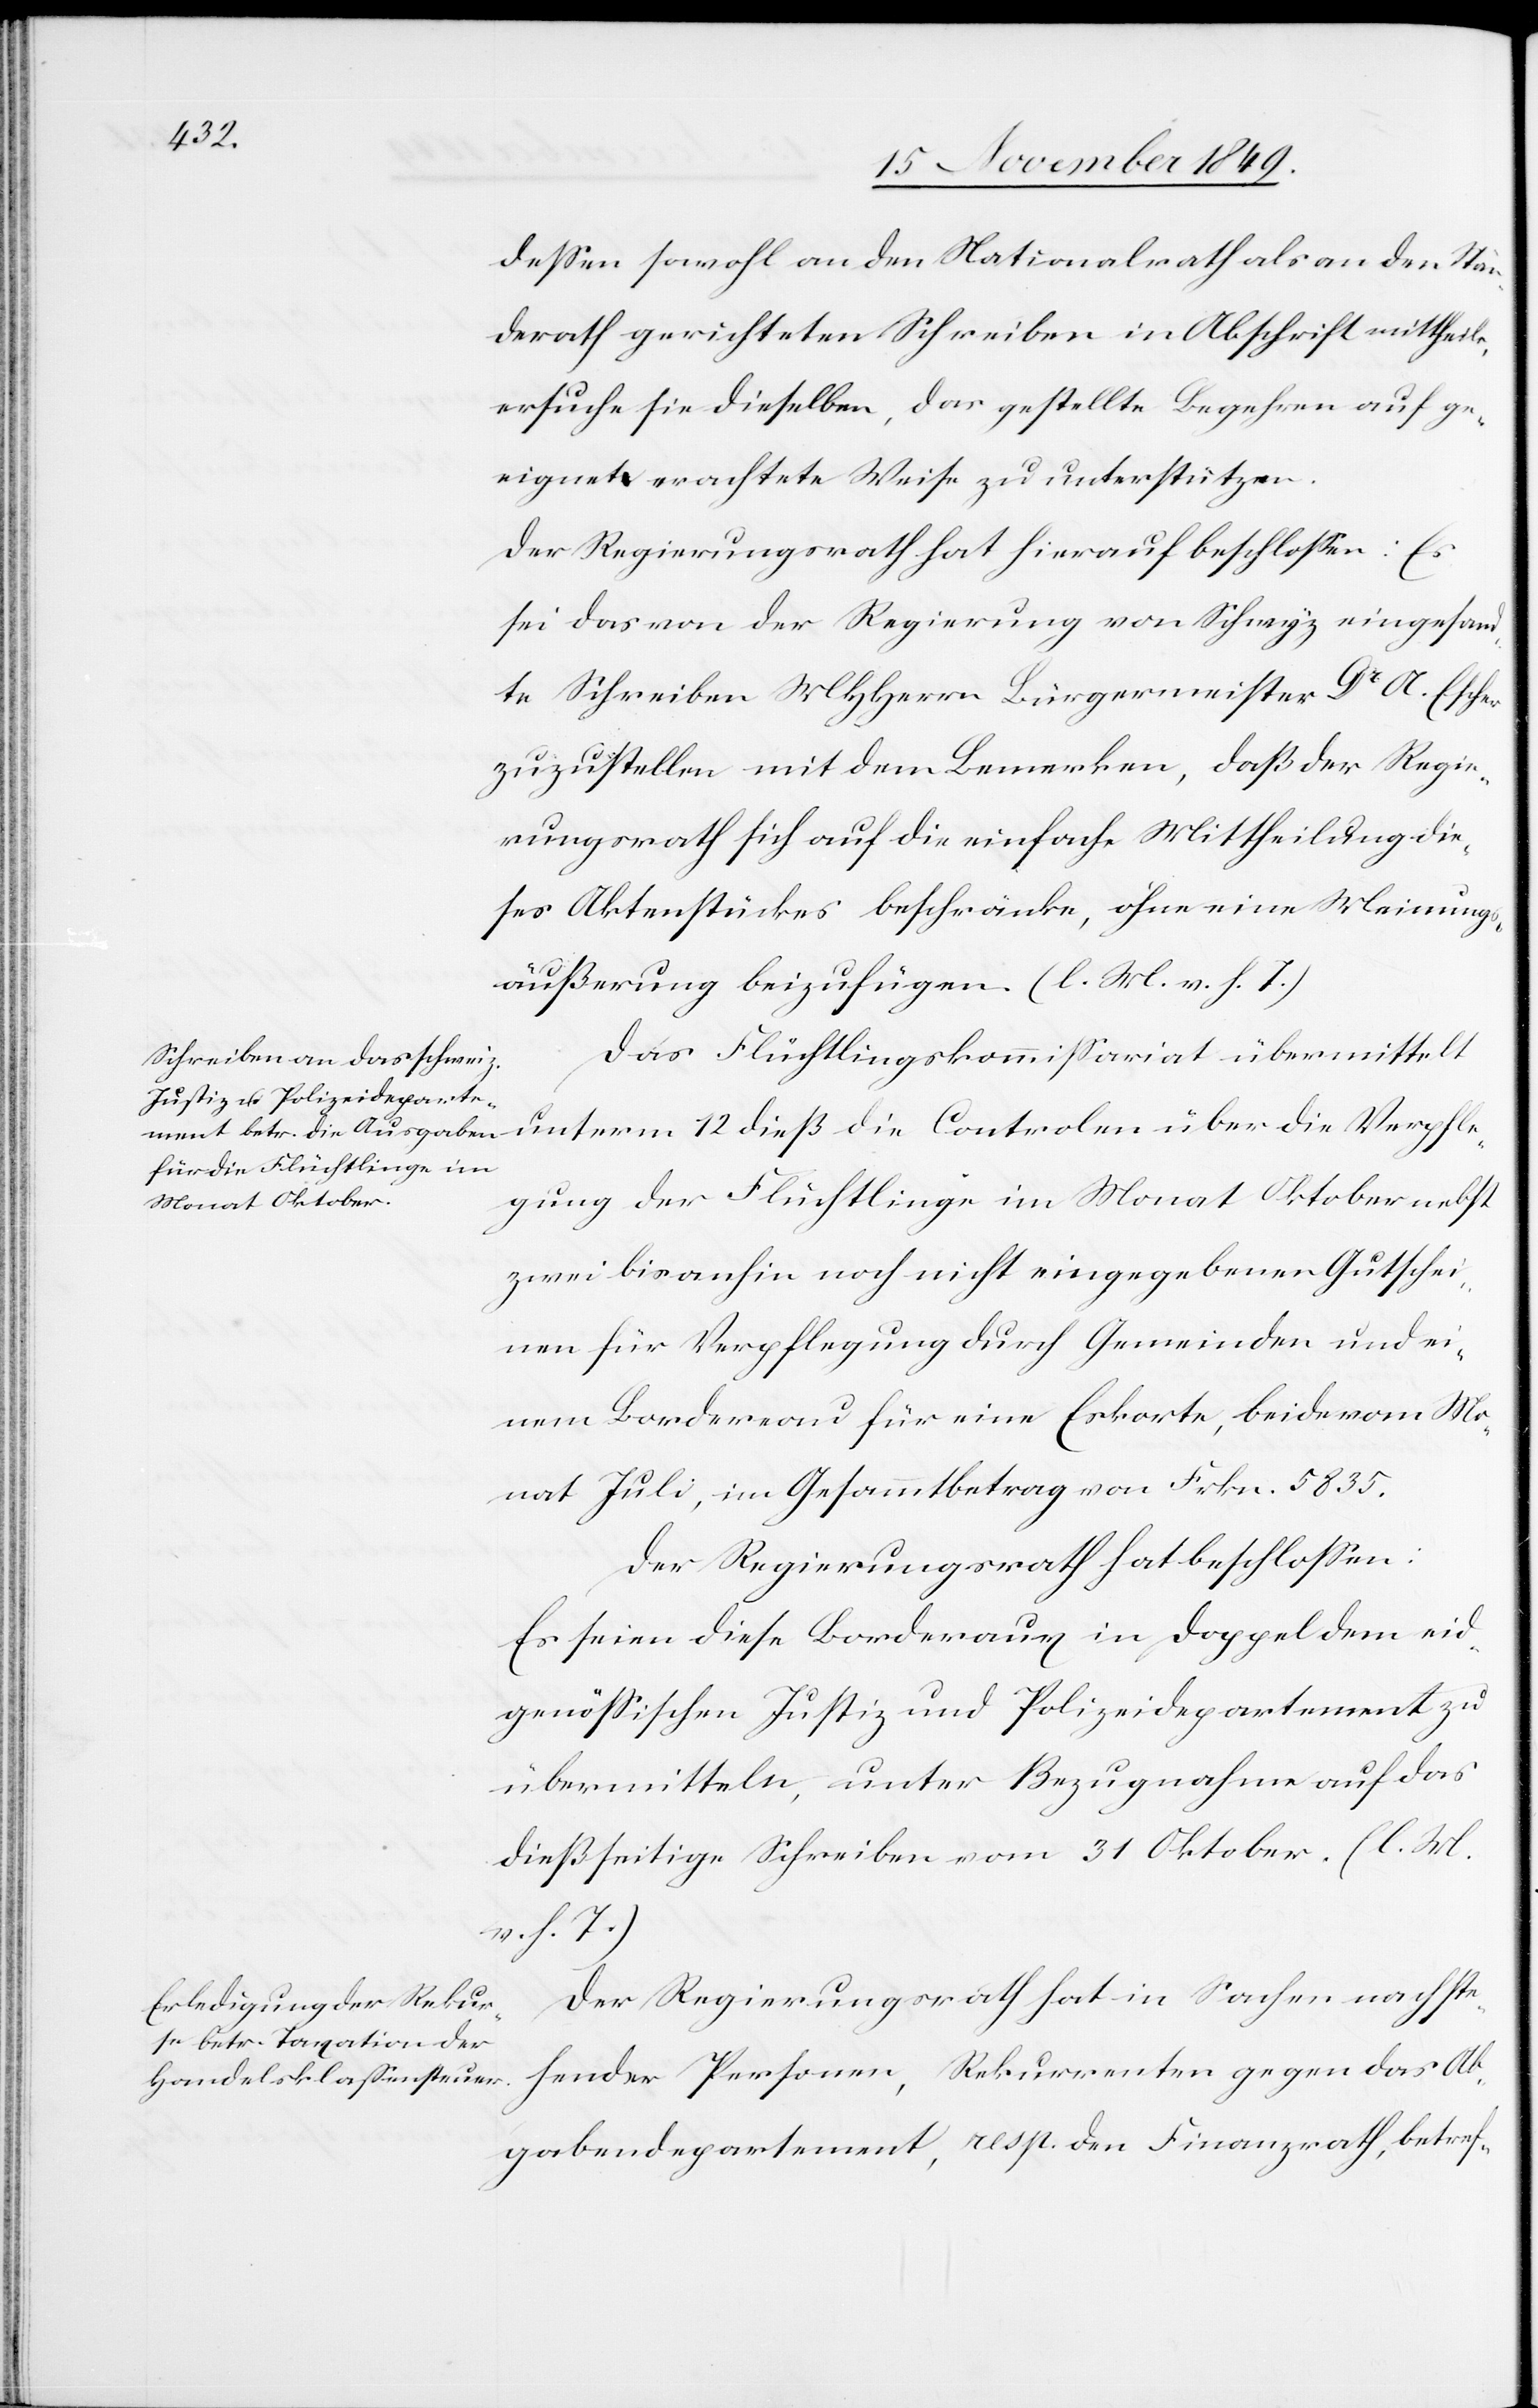
deßen sowohl an den Nationalrath als an den Stän¬
derath gerichteten Schreiben in Abschrift mittheile,
ersuche sie dieselben, das gestellte Begehren auf ge¬
Der Regierungsrath hat hierauf beschloßen: Es
sei das von der Regierung von Schwyz eingesan¬
dte Schreiben MHHerrn Bürgermeister Dr A. Escher
zuzustellen mit dem Bemerken, daß der Regie¬
rungsrath sich auf die einfache Mittheilung die¬
ses Aktenstückes beschränke, ohne eine Meinungs¬
äußerung beizufügen. [l. M. v. h. T]
Das Flüchtlingskommißariat übermittelt
unterm 12 dieß die Controle über die Verpfle¬
gung der Flüchtlinge im Monat Oktober nebst
zwei bisanhin noch nicht eingegeben Gutschei¬
nen für Verpflegung durch Gemeinden und ei¬
nem Bordereau für eine Eskorte, beide vom Mo¬
nat Juli, im Gesammtbetrag von Frkn. 5835.
Der Regierungsrath hat beschloßen:
Es seien diese Bordereaux in Doppel dem eid¬
genößischen Justiz und Polizeidepartement zu
übermitteln, unter Bezugnahme auf das
dießseitige Schreiben vom 31 Oktober. [l. M.
v. h. T]
Der Regierungsrath hat in Sachen nachste¬
hender Personen, Rekurrenten gegen das Ab¬
gabendepartement, resp. den Finanzrath, betref-